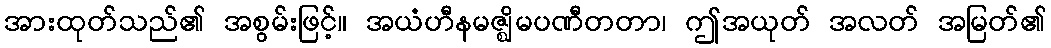
အားထုတ်သည်၏ အစွမ်းဖြင့်။ အယံဟီနမဇ္ဈိမပဏီတတာ၊ ဤအယုတ် အလတ် အမြတ်၏